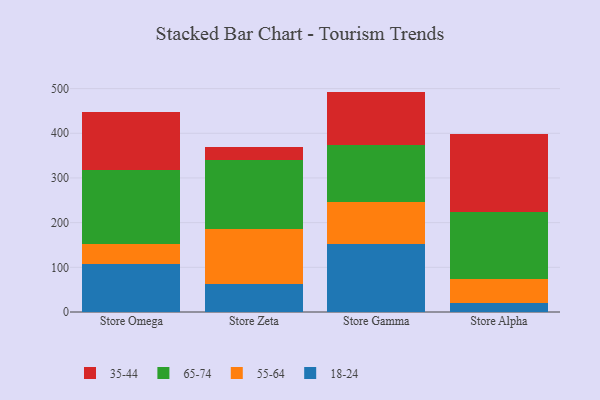
{"axis": {"x": "Store", "y": "Waste Production (Tons)"}, "legend": ["18-24", "35-44", "55-64", "65-74"], "data": [{"x": "Store Omega", "y": 108.0, "type": "18-24"}, {"x": "Store Omega", "y": 43.5, "type": "55-64"}, {"x": "Store Omega", "y": 165.7, "type": "65-74"}, {"x": "Store Omega", "y": 130.8, "type": "35-44"}, {"x": "Store Zeta", "y": 63.7, "type": "18-24"}, {"x": "Store Zeta", "y": 122.2, "type": "55-64"}, {"x": "Store Zeta", "y": 153.6, "type": "65-74"}, {"x": "Store Zeta", "y": 29.1, "type": "35-44"}, {"x": "Store Gamma", "y": 152.4, "type": "18-24"}, {"x": "Store Gamma", "y": 93.8, "type": "55-64"}, {"x": "Store Gamma", "y": 128.1, "type": "65-74"}, {"x": "Store Gamma", "y": 119.0, "type": "35-44"}, {"x": "Store Alpha", "y": 20.8, "type": "18-24"}, {"x": "Store Alpha", "y": 52.4, "type": "55-64"}, {"x": "Store Alpha", "y": 151.2, "type": "65-74"}, {"x": "Store Alpha", "y": 173.6, "type": "35-44"}]}